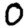
Digit: 0